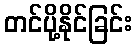
တင်ပို့နိုင်ခြင်း